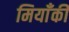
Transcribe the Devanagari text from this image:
मियाँकी